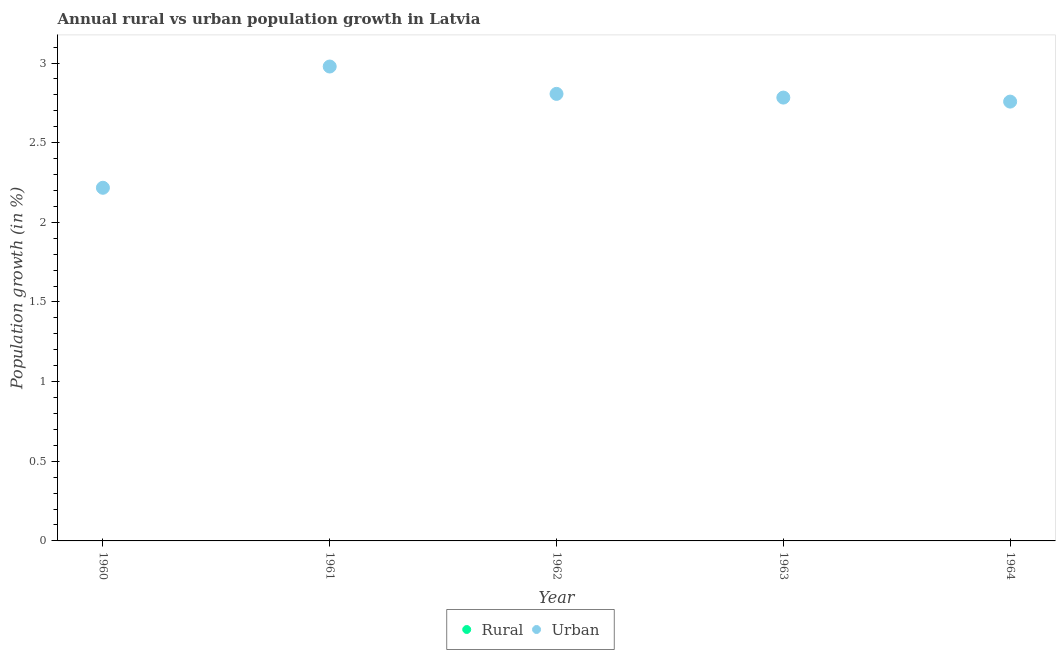
| Year | Rural | Urban  |
 | --- | --- | --- |
 | 1960 | -0.995 | 2.22 |
 | 1961 | -0.22 | 2.98 |
 | 1962 | -0.399 | 2.81 |
 | 1963 | -0.423 | 2.78 |
 | 1964 | -0.451 | 2.76 |